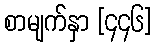
စာမျက်နှာ [၄၄၆]